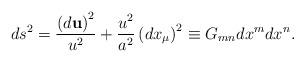
LaTeX: \begin{align*}ds^{2}=\frac{\left( d{\bf u}\right) ^{2}}{u^{2}}+\frac{u^{2}}{a^{2}}\left(dx_{\mu }\right) ^{2}\equiv G_{mn}dx^{m}dx^{n}.\end{align*}